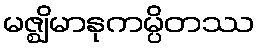
မဇ္ဈိမာနုကမ္ပိတဿ